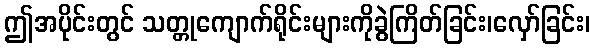
ဤအပိုင်းတွင် သတ္တုကျောက်ရိုင်းများကိုခွဲကြိတ်ခြင်း၊လှော်ခြင်း၊